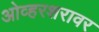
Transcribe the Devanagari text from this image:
ओव्हरशरावर